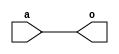
module abc9_test001(input a, output o);
assign o = a;
endmodule